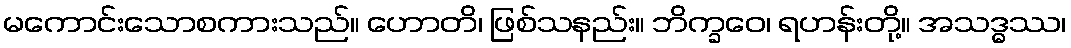
မကောင်းသောစကားသည်။ ဟောတိ၊ ဖြစ်သနည်း။ ဘိက္ခဝေ၊ ရဟန်းတို့။ အသဒ္ဓဿ၊